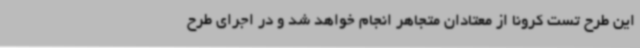
این طرح تست کرونا از معتادان متجاهر انجام خواهد شد و در اجرای طرح